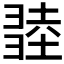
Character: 𢑫